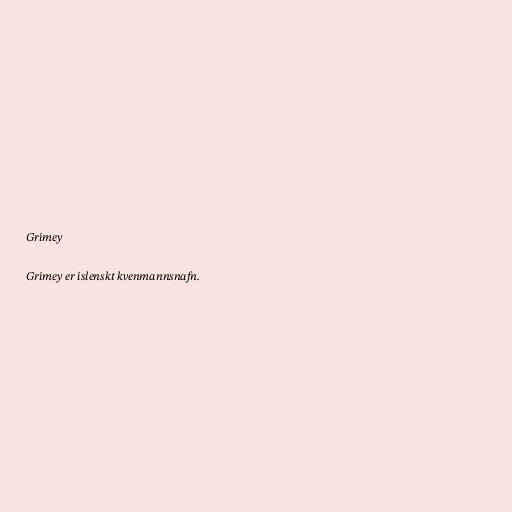
Grímey

Grímey er íslenskt kvenmannsnafn.